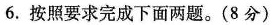
6.按照要求完成下面两题。(8分)